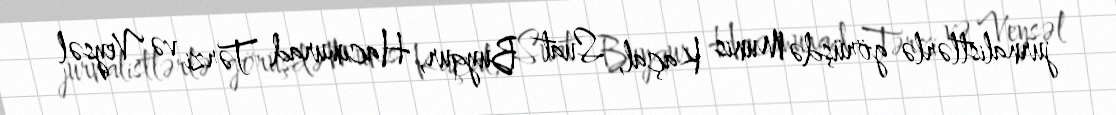
jurnalistlərlə görüşdə Munis Kaçal, Suat Buyqur, Hacımurad Tərzi və Veysəl